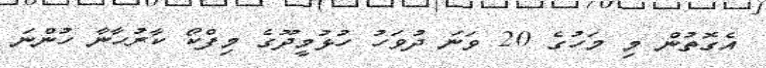
އެގޮތުން މި މަހުގެ 20 ވަނަ ދުވަހު ހުޅުމީދޫގެ މިފްކޯ ކާރުހާނާ ހުންނަ